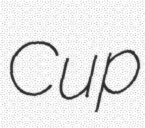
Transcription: Cup